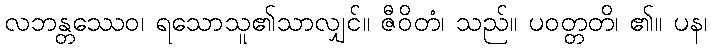
လဘန္တဿေဝ၊ ရသောသူ၏သာလျှင်။ ဇီဝိတံ၊ သည်။ ပဝတ္တတိ၊ ၏။ ပန၊